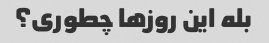
بله این روزها چطوری؟